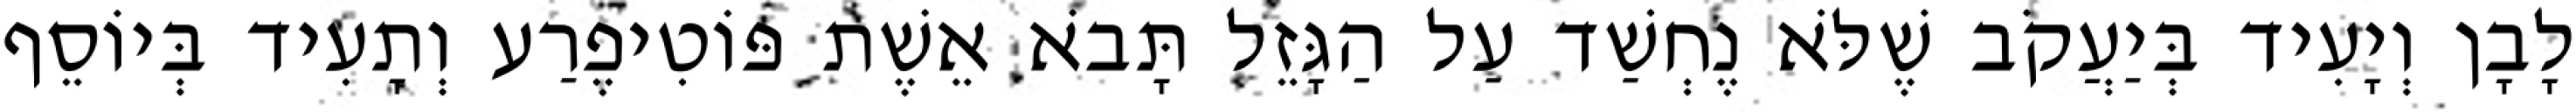
לָבָן וְיָעִיד בְּיַעֲקֹב שֶׁלֹּא נֶחְשַׁד עַל הַגָּזֵל תָּבֹא אֵשֶׁת פּוֹטִיפֶרַע וְתָעִיד בְּיוֹסֵף